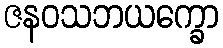
ဇနဝသဘယက္ခော